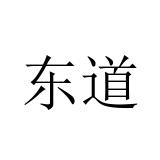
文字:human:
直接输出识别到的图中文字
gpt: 东道